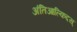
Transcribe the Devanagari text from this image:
अंतिआल्किदस्